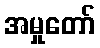
အမှုတော်